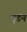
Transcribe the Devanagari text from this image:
मूडंन